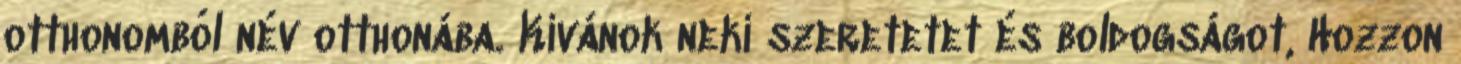
otthonomból név otthonába. Kívánok neki szeretetet és boldogságot, Hozzon